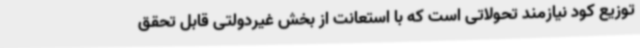
توزیع کود نیازمند تحولاتی است که با استعانت از بخش غیردولتی قابل تحقق